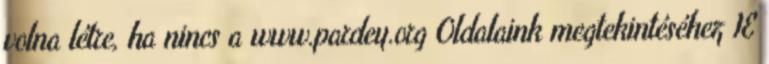
volna létre, ha nincs a www.pardey.org Oldalaink megtekintéséhez IE